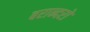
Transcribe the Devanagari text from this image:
बरान्दरो